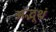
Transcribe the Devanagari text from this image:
अद्भूथं